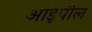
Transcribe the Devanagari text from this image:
आईपील